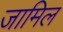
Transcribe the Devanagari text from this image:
जामिल